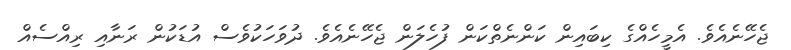
ޖެހޭނެއެވެ. އެމީހެއްގެ ކިބައިން ކަންނެތްކަން ފުހެލަން ޖެހޭނެއެވެ. ދުވަހަކުވެސް އުޑަކުން ރަނާއި ރިއްސެއް